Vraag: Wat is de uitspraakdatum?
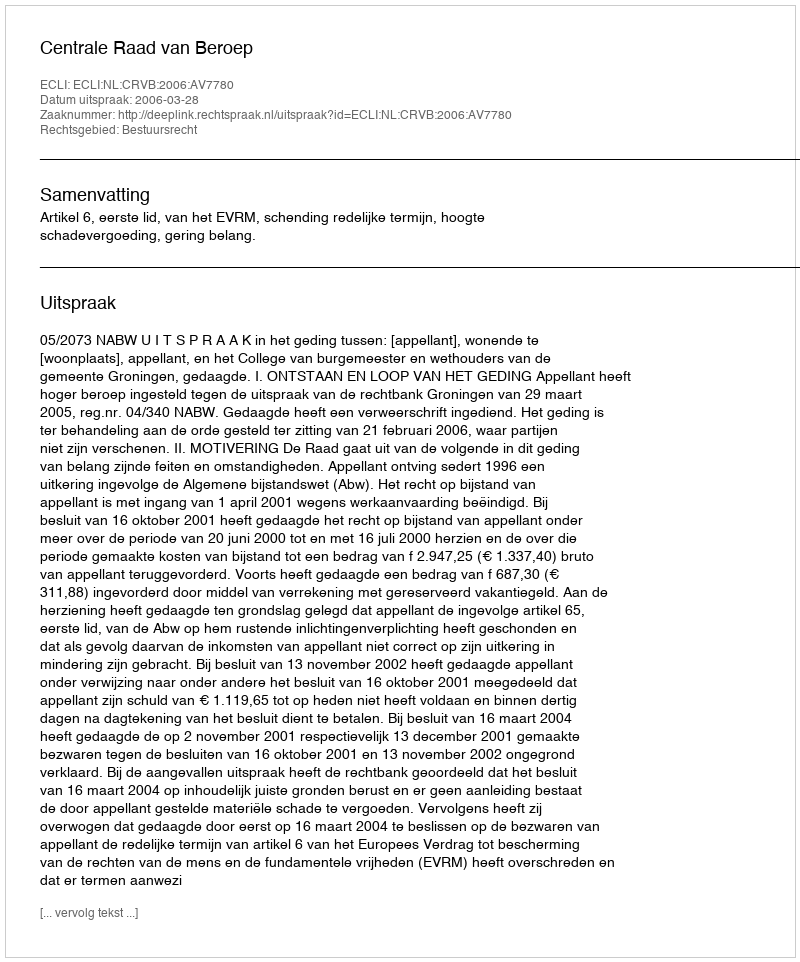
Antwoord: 2006-03-28